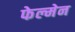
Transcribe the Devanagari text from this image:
फेल्मेन